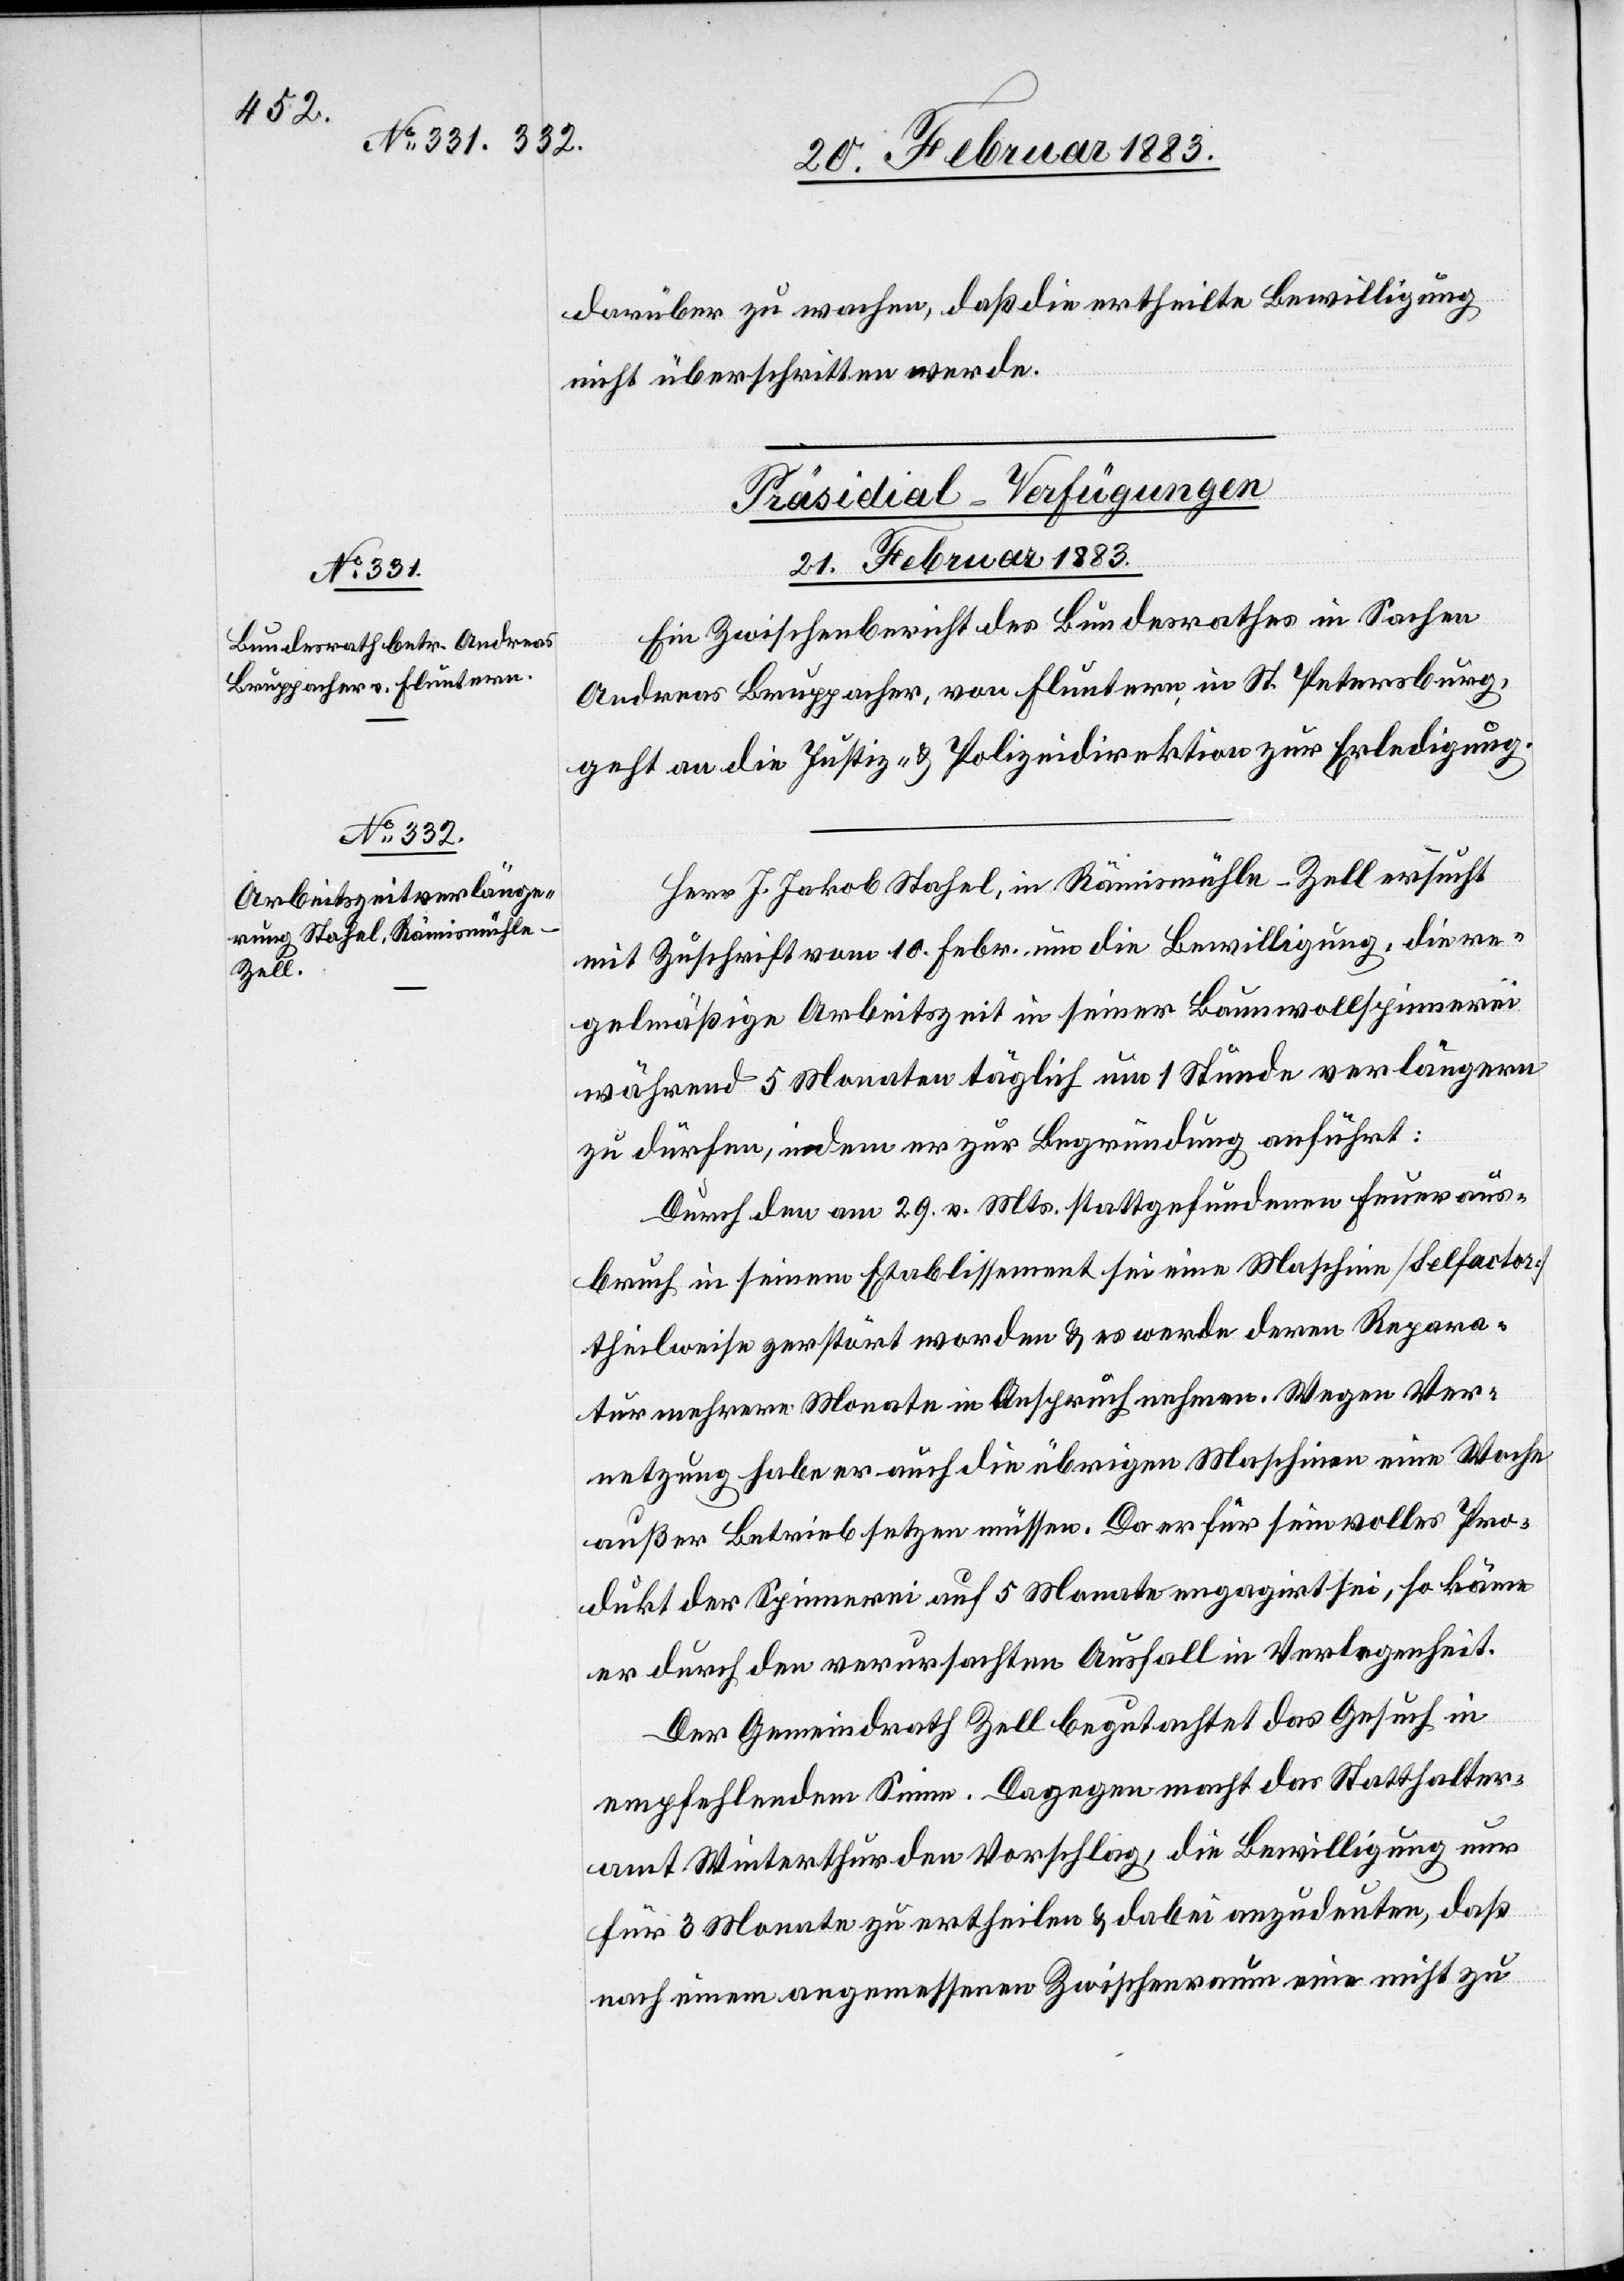
darüber zu wachen, daß die ertheilte Bewilligung
nicht überschritten werde.
[Präsidial-Verfügungen
21. Februar 1883.]
Ein Zwischenbericht des Bundesrathes in Sachen
Andreas Bruppacher, von Fluntern, in St. Petersburg,
geht an die Justiz- & Polizeidirektion zur Erledigung.
Herr J. Jakob Stahel, in Rämismühle - Zell ersucht
mit Zuschrift vom 10. Febr. um die Bewilligung, die re¬
gelmäßige Arbeitszeit in seiner Baumwollspinnerei
während 5 Monaten täglich um 1 Stunde verlängern
zu dürfen, indem er zur Begründung anführt:
Durch den am 29. v. Mts. stattgefundenen Feueraus¬
bruch in seinem Etablissement sei eine Maschine [Selfactor]
theilweise zerstört worden & es werde deren Repara¬
tur mehrere Monate in Anspruch nehmen. Wegen Ver¬
netzung habe er auch die übrigen Maschinen eine Woche
außer Betrieb setzen müssen. Da er für sein volles Pro¬
dukt der Spinnerei auf 5 Monate engagirt sei, so käme
er durch den verursachten Ausfall in Verlegenheit.
Der Gemeindrath Zell begutachtet das Gesuch in
empfehlendem Sinne. Dagegen macht das Statthalter¬
amt Winterthur den Vorschlag, die Bewilligung nur
für 3 Monate zu ertheilen & dabei anzudeuten, daß
nach einem angemessenen Zwischenraum eine nicht zu